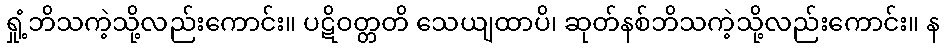
ရှုံ့ဘိသကဲ့သို့လည်းကောင်း။ ပဋိဝတ္တတိ သေယျထာပိ၊ ဆုတ်နစ်ဘိသကဲ့သို့လည်းကောင်း။ န